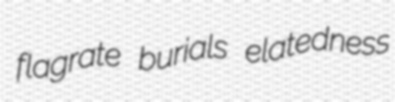
flagrate burials elatedness